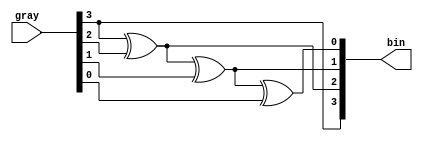
`timescale 1ns / 1ps
//////////////////////////////////////////////////////////////////////////////////
// Company: 
// Engineer: 
// 
// Design Name: 
// Module Name: gray_bin
// Project Name: 
// Target Devices: 
// Tool Versions: 
// Description: 
// 
// Dependencies: 
// 
// Revision:
// Revision 0.01 - File Created
// Additional Comments:
// 
//////////////////////////////////////////////////////////////////////////////////


module gray_bin(input [3:0]gray, output [3:0]bin);

assign bin[3] = gray[3];
assign bin[2] = gray[3] ^ gray[2];
assign bin[1] = gray[3] ^ gray[2] ^ gray[1];
assign bin[0] = gray[3] ^ gray[2] ^ gray[1] ^ gray[0];

endmodule